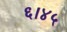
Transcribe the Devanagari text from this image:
६।४५